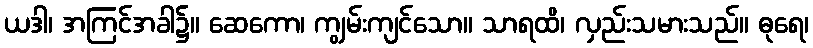
ယဒါ၊ အကြင်အခါ၌။ ဆေကော၊ ကျွမ်းကျင်သော။ သာရထိ၊ လှည်းသမားသည်။ ဓုရေ၊